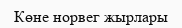
Көне норвег жырлары